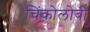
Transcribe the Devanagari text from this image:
चिंकोलोबी